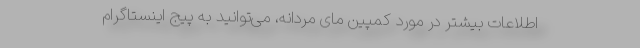
اطلاعات بیشتر در مورد کمپین مای مردانه، می‌توانید به پیج اینستاگرام